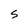
Character: S